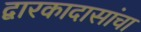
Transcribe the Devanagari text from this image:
द्वारकादासांचा